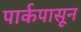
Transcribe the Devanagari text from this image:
पार्कपासून